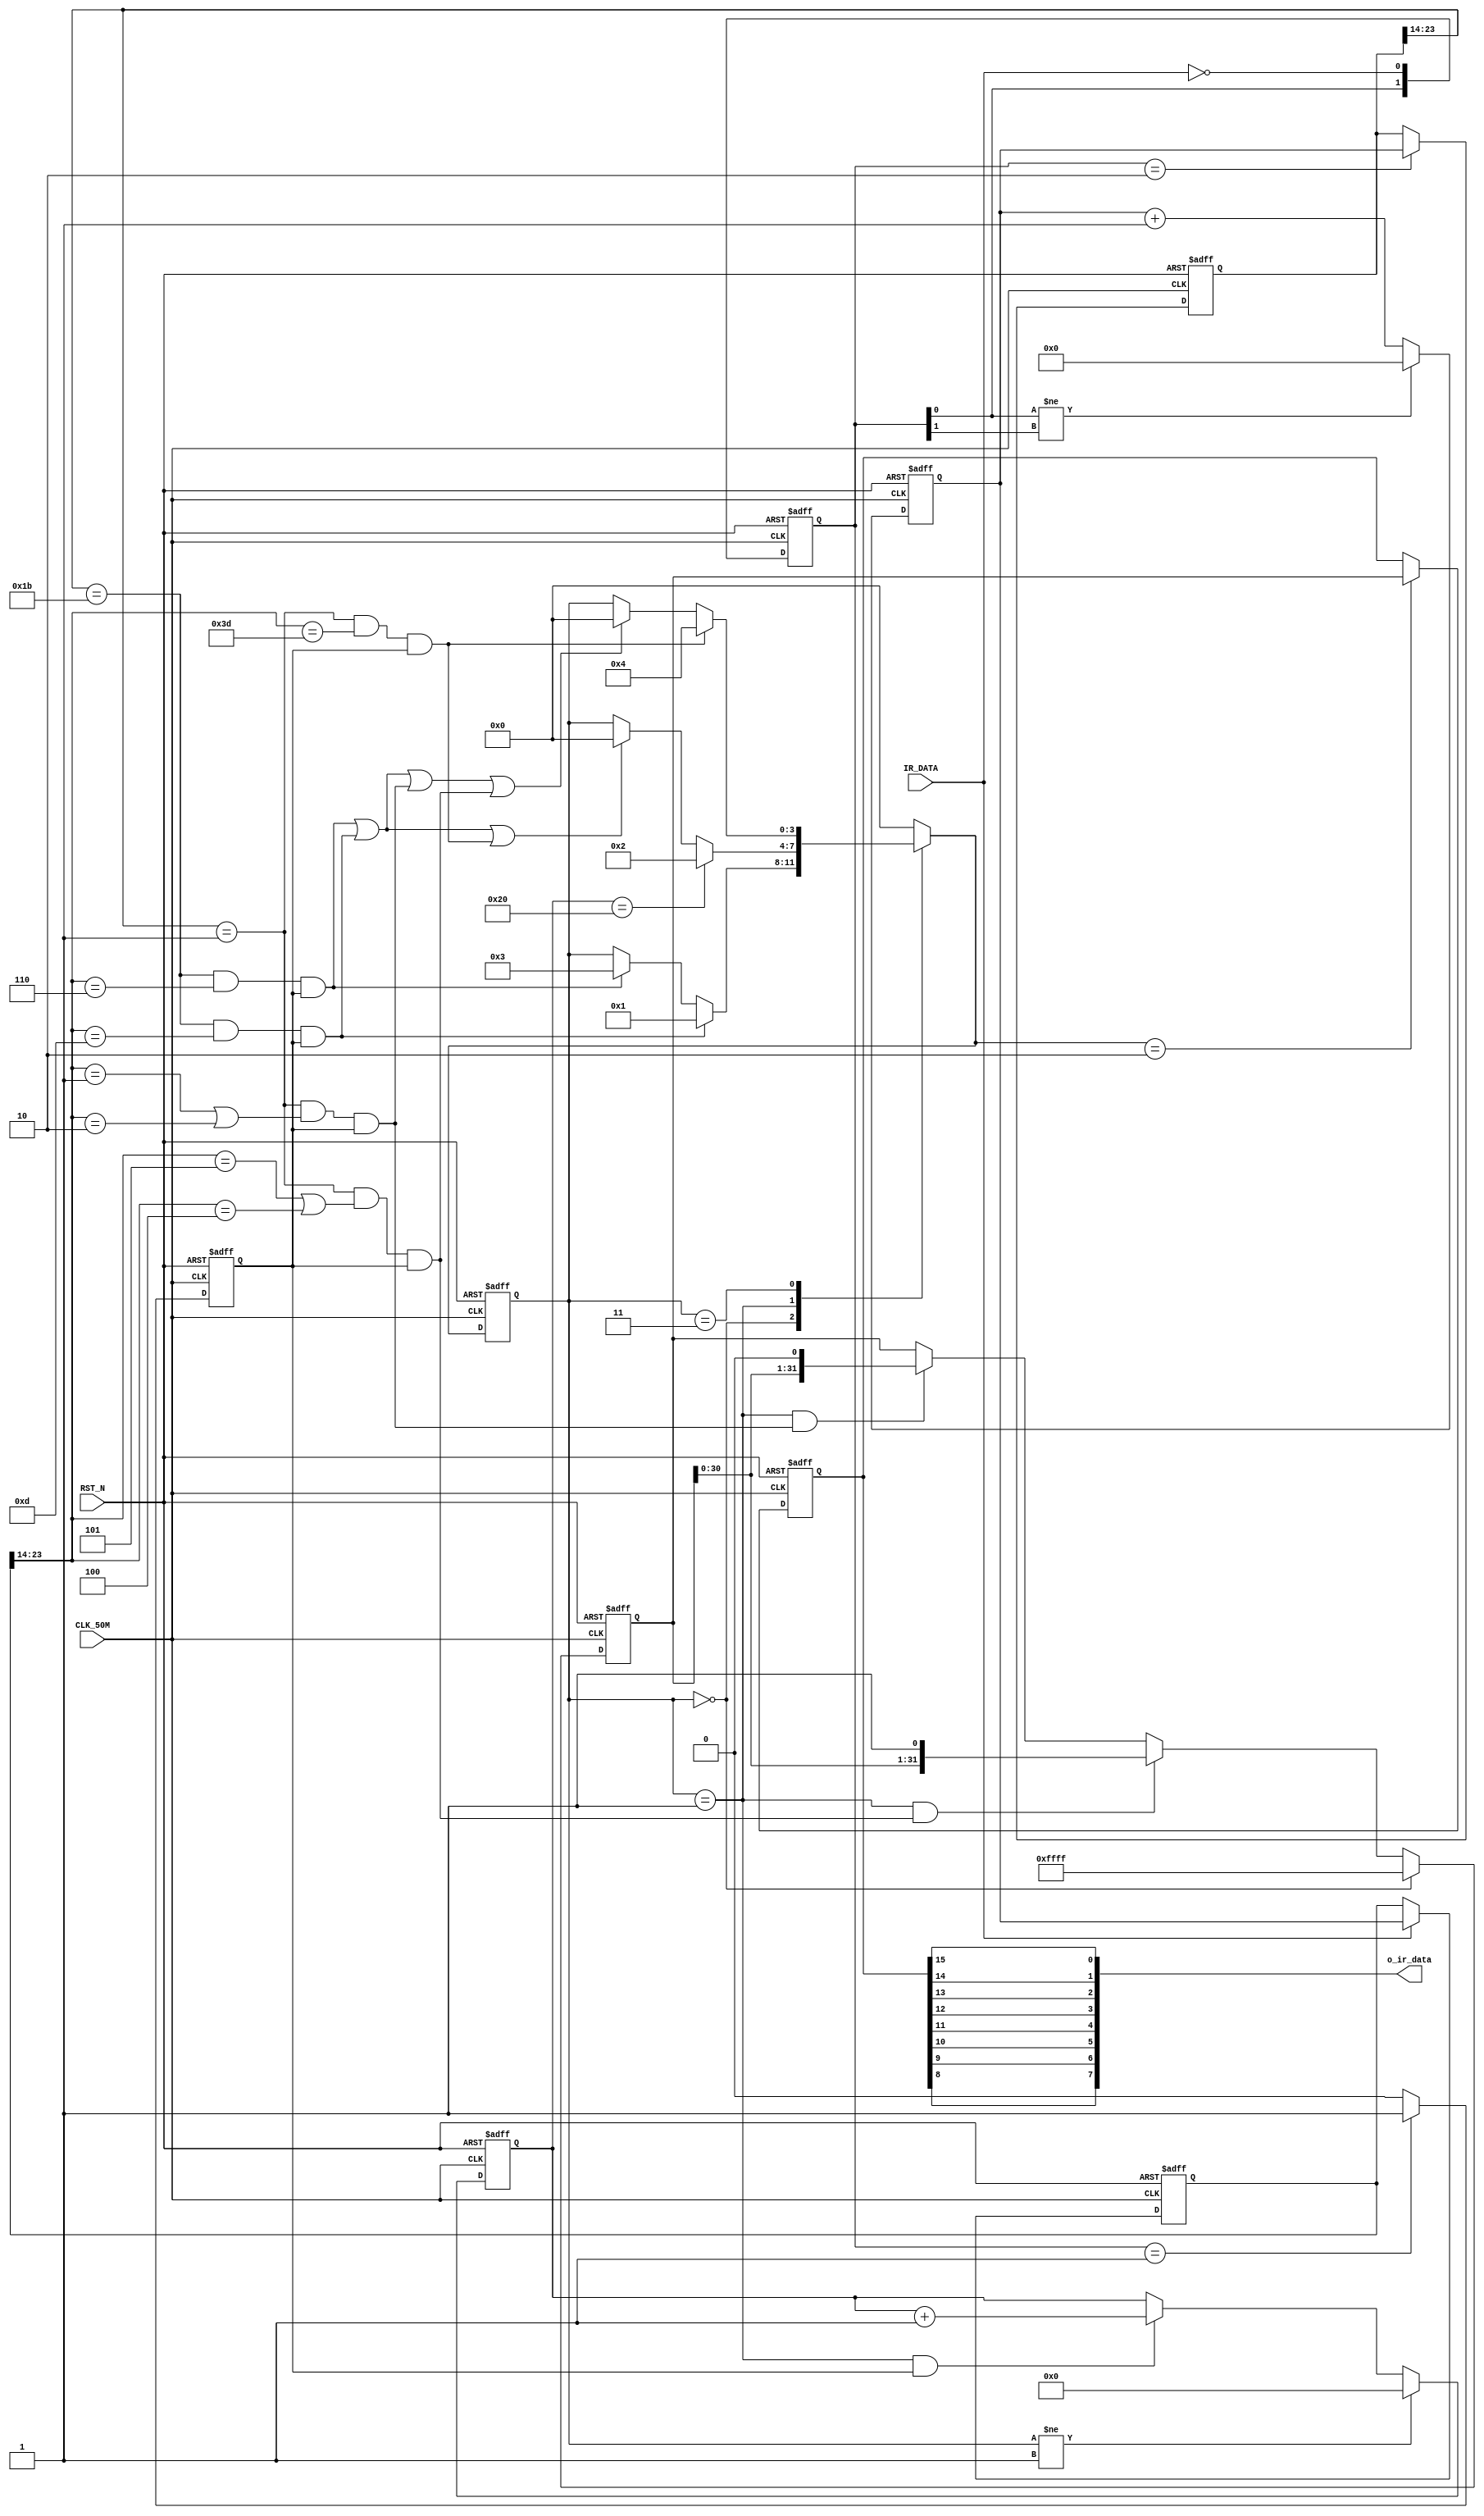
//---------------------------------------------------------------------------
//--			:	Ir_Module.v
//--			:	ZIRCON
//--			:	
//--		:	2014-1-1
//---------------------------------------------------------------------------

/*Timing control.
`define HEAD_HIGH 	 24'h6_DDD0 // 9.000ms @ 50MHz, standard is 24'h6_DDD0.
`define HEAD_LOW		 24'h3_6EE8 // 4.500ms @ 50MHz, standard is 24'h3_6EE8
`define BIT_0_HIGH	 24'h6D60   // 0.560ms @ 50MHz, standard is 24'h6D60
`define BIT_0_LOW		 24'h6E5A   // 0.565ms @ 50MHz, standard is 24'h6E5A

`define BIT_1_HIGH	 24'h6D60   // 0.560ms @ 50MHz, standard is 24'h6D60
`define BIT_1_LOW		 24'h1_4A14 // 1.685ms @ 50MHz, standard is 24'h1_4A14

`define REP_HEAD_HIGH 24'h6_DDD0 // 9.000ms @ 50MHz, standard is 24'h6_DDD0.
`define REP_HEAD_LOW	 24'h1_B774 // 2.250ms @ 50MHz, standard is 24'h1_B774
`define REP_BIT_HIGH	 24'h6D60   // 0.560ms @ 50MHz, standard is 24'h6D60
`define REP_BIT_LOW	 24'hF4240  // 20.00ms @ 50MHz, standard is 24'hF4240 */

//high_time 9ms(high_time[23:14] == `HEAD_HIGH) 
//24'h6_DDD0 = (0110_11)01_1101_1101_0000 [23:14](01_1011) = 10'h1B
//1B+140=6C000 X 20ns = 8.85ms
`define HEAD_HIGH 	 10'h1B		//(0110_11)01_1101_1101_0000  8.85ms
`define HEAD_LOW		 10'hD		//(0011_01)10_1110_1110_1000  4.26ms
`define BIT_0_HIGH	 10'h1		//(0000_01)10_1101_0110_0000  0.33ms
`define BIT_0_LOW		 10'h1		//(0000_01)10_1110_0101_1010  0.33ms
`define BIT_0_LOW2	 10'h2		//(0000_10)00_0000_0000_0000  0.66ms
`define BIT_1_HIGH	 10'h1		//(0000_01)10_1101_0110_0000  0.33ms
`define BIT_1_LOW		 10'h5		//(0001_01)00_1010_0001_0100  1.64ms
`define BIT_1_LOW2	 10'h4		//(0001_00)00_0000_0000_0000  1.31ms                       
`define REP_HEAD_HIGH 10'h1B		//(0110_11)01_1101_1101_0000  8.85ms
`define REP_HEAD_LOW	 10'h6		//(0001_10)11_0111_0111_0100  1.97ms
`define REP_BIT_HIGH	 10'h1		//(0000_01)10_1101_0110_0000  0.33ms
`define REP_BIT_LOW	 10'h3D		//(1111_01)00_0010_0100_0000 19.99ms

module Ir_Module
(
	//
	CLK_50M,RST_N,IR_DATA,
	//
	o_ir_data
);

//---------------------------------------------------------------------------
//--	
//---------------------------------------------------------------------------
input						CLK_50M;				//
input						RST_N;				//
input						IR_DATA;				//
output  	[ 7:0]		o_ir_data;			//

//---------------------------------------------------------------------------
//--	
//---------------------------------------------------------------------------
reg		[ 3:0]		ir_fsm_cs;			//
reg		[ 3:0]		ir_fsm_ns;			//
reg		[23:0]		time_cnt;			//
reg		[23:0]		time_cnt_n;			//time_cnt
reg		[23:0]		low_time;			//
reg		[23:0]		low_time_n;			//low_time
reg		[23:0]		high_time;			//
reg		[23:0]		high_time_n;   	//high_time
reg		[ 7:0]		bit_cnt;				//8
reg		[ 7:0]		bit_cnt_n;			//bit_cnt
reg		[ 1:0]		detect_edge;		//
wire		[ 1:0]		detect_edge_n;		//detect_edge
reg		[31:0]		ir_data;				//
reg		[31:0]		ir_data_n;			//ir_data
reg		[31:0]		ir_data_reg;		//
reg		[31:0]		ir_data_reg_n;		//ir_data_reg
reg						posedge_reg;		//
wire						posedge_reg_n;		//posedge_reg
wire						head_code;			//
wire						bit_0_code;			//01
wire						bit_1_code;			//10
wire						rep_head_code;		//
wire						rep_bit_code; 		//

parameter				FSM_IDLE     		= 4'h0;	//
parameter				FSM_DATA 			= 4'h1;	//
parameter				FSM_DATA_END	 	= 4'h2;	//
parameter				FSM_REP_BIT 	 	= 4'h3;	//
parameter				FSM_REP_BIT_END	= 4'h4;	//

//,detect_edge
always @ (posedge CLK_50M or negedge RST_N)
begin
  if(!RST_N)									//
    detect_edge <= 2'h0;					//detect_edge
  else
    detect_edge <= detect_edge_n;		//detect_edge
end

//,
assign detect_edge_n = {detect_edge[0] , {~IR_DATA}};//

//,posedge_reg
always @ (posedge CLK_50M or negedge RST_N)
begin
	if(!RST_N)									//
		posedge_reg <= 1'h0;					//posedge_reg
	else
		posedge_reg	<= posedge_reg_n;		//posedge_reg
end

//,,detect_edge01,posedge_reg_n1
assign posedge_reg_n = (detect_edge == 2'b01) ? 1'b1 : 1'b0; 

//,time_cnt
always @ (posedge CLK_50M or negedge RST_N)
begin
	if(!RST_N)									//
		time_cnt	<= 24'h0;					//time_cnt
	else
		time_cnt	<= time_cnt_n;				//time_cnt
end

//,
always @ (*)
begin
	if(detect_edge[0] != detect_edge[1])//
		time_cnt_n = 24'h0;					//,time_cnt_n0
	else
		time_cnt_n = time_cnt + 24'h1;	//,time_cnt1
end

//,high_time
always @ (posedge CLK_50M or negedge RST_N)
begin	
  if(!RST_N)									//
    high_time <= 24'h0;						//high_time
  else
    high_time <= high_time_n;				//high_time
end

//,IR_DATAIR_DATA
always @ (*)
begin
  if(detect_edge == 2'b10)					//			
    high_time_n = time_cnt;				//
  else
    high_time_n = high_time;				//
end

//,low_time
always @ (posedge CLK_50M or negedge RST_N)
begin
  if(!RST_N)									//
    low_time <= 24'h0;						//low_time
  else
    low_time <= low_time_n;				//low_time
end

//,IR_DATAIR_DATA
always @ (*)
begin
  if(IR_DATA)									//
    low_time_n	 = time_cnt;				//
  else
    low_time_n	 = low_time;				//IR_DATA0
end

//8.85ms,4.26ms,,head_code1
assign head_code = (high_time[23:14] == `HEAD_HIGH) && (low_time[23:14] == `HEAD_LOW) && posedge_reg;
//0.33ms,0.33ms0.66ms,"0",bit_0_code1
assign bit_0_code = (high_time[23:14] == `BIT_0_HIGH) && ((low_time[23:14] == `BIT_0_LOW) || (low_time[23:14] == `BIT_0_LOW2)) && posedge_reg;
//0.33ms,1.31ms1.66ms,"1",bit_1_code0
assign bit_1_code = (high_time[23:14] == `BIT_1_HIGH) && ((low_time[23:14] == `BIT_1_LOW) || (low_time[23:14] == `BIT_1_LOW2)) && posedge_reg;
//
assign rep_head_code = (high_time[23:14] == `REP_HEAD_HIGH) && (low_time[23:14] == `REP_HEAD_LOW) && posedge_reg;
//
assign rep_bit_code  = (high_time[23:14] == `REP_BIT_HIGH) && (low_time[23:14] == `REP_BIT_LOW) && posedge_reg; 

//,bit_cnt
always @ (posedge CLK_50M or negedge RST_N)
begin
  if(!RST_N)									//
    bit_cnt	<=  8'h0;						//bit_cnt
  else
    bit_cnt	<=  bit_cnt_n;					//bit_cnt
end

//,8
always @ (*)
begin
  if(ir_fsm_cs != FSM_DATA)				//
    bit_cnt_n	 = 8'h0;						//,bit_cnt_n
  else if((ir_fsm_cs == FSM_DATA) && posedge_reg)//
    bit_cnt_n	 = bit_cnt + 8'h1;		//,8
  else
    bit_cnt_n	 = bit_cnt;					//
end

//,ir_fsm_cs
always @ (posedge CLK_50M or negedge RST_N)
begin
  if(!RST_N)									//
    ir_fsm_cs	<=  FSM_IDLE;				//ir_fsm_cs
  else
    ir_fsm_cs	<=  ir_fsm_ns;				//ir_fsm_cs
end

//,
always @ (*)
begin
	case(ir_fsm_cs)							//
	
	FSM_IDLE: 
		if(head_code)							//
			ir_fsm_ns = FSM_DATA;			//
    	else if(rep_head_code)				//
			ir_fsm_ns = FSM_REP_BIT;		//
		else 
			ir_fsm_ns = ir_fsm_cs;   		//
			
	FSM_DATA: 
		if(bit_cnt == 8'h20)					//4()
			ir_fsm_ns = FSM_DATA_END;		//
		else if(rep_head_code || head_code || rep_bit_code)	//
			ir_fsm_ns = FSM_IDLE;			//
		else 
			ir_fsm_ns = ir_fsm_cs;			//
			
	FSM_DATA_END:
			ir_fsm_ns = FSM_IDLE;			//
			
	FSM_REP_BIT: 	
		if(rep_bit_code)						//
			ir_fsm_ns = FSM_REP_BIT_END;	//
		else if(rep_head_code || head_code || bit_0_code || bit_1_code) //
			ir_fsm_ns = FSM_IDLE;			//
		else 
			ir_fsm_ns = ir_fsm_cs;  		//
			
	FSM_REP_BIT_END: 
			ir_fsm_ns = FSM_IDLE;			//
			
	default:ir_fsm_ns = FSM_IDLE; 		//
	endcase
end

//,ir_data_reg
always @ (posedge CLK_50M or negedge RST_N)
begin
	if(!RST_N)									//
		ir_data_reg	<=  32'h0;				//ir_data_reg
	else
		ir_data_reg	<=  ir_data_reg_n;	//ir_data_reg
end

//,32bit,01
always @ (*)
begin
	if(ir_fsm_cs == FSM_IDLE)				//
		ir_data_reg_n = 32'hFFFF;
	else if((ir_fsm_cs == FSM_DATA) && (bit_1_code))
		ir_data_reg_n	 = {ir_data_reg[30:0] , 1'h1};	
	else if((ir_fsm_cs == FSM_DATA) && (bit_0_code))
		ir_data_reg_n = {ir_data_reg[30:0] , 1'h0};		
	else
		ir_data_reg_n = ir_data_reg;		//
end

//,ir_data
always @ (posedge CLK_50M or negedge RST_N)
begin
	if(!RST_N)									//
		ir_data	<=  32'h0;					//ir_data
	else
		ir_data	<=  ir_data_n;				//ir_data
end

//,
always @ (*)
begin
	if(ir_fsm_ns == FSM_DATA_END)			//
		ir_data_n = ir_data_reg;			//
	else
		ir_data_n = ir_data;					//
end

assign o_ir_data =  {ir_data[8],ir_data[9],ir_data[10],ir_data[11],ir_data[12],ir_data[13],ir_data[14],ir_data[15]};

endmodule